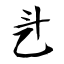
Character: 乧